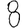
Digit: 8